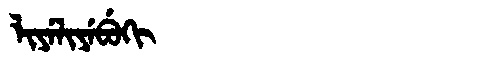
Manchu: ᠯᡳᠶᡝᠯᡳᠶᡝᠪᡠᡴᡳ
Romanization: LIYELIYEBUKI